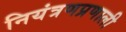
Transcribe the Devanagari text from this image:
नियंत्रणप्रणाली